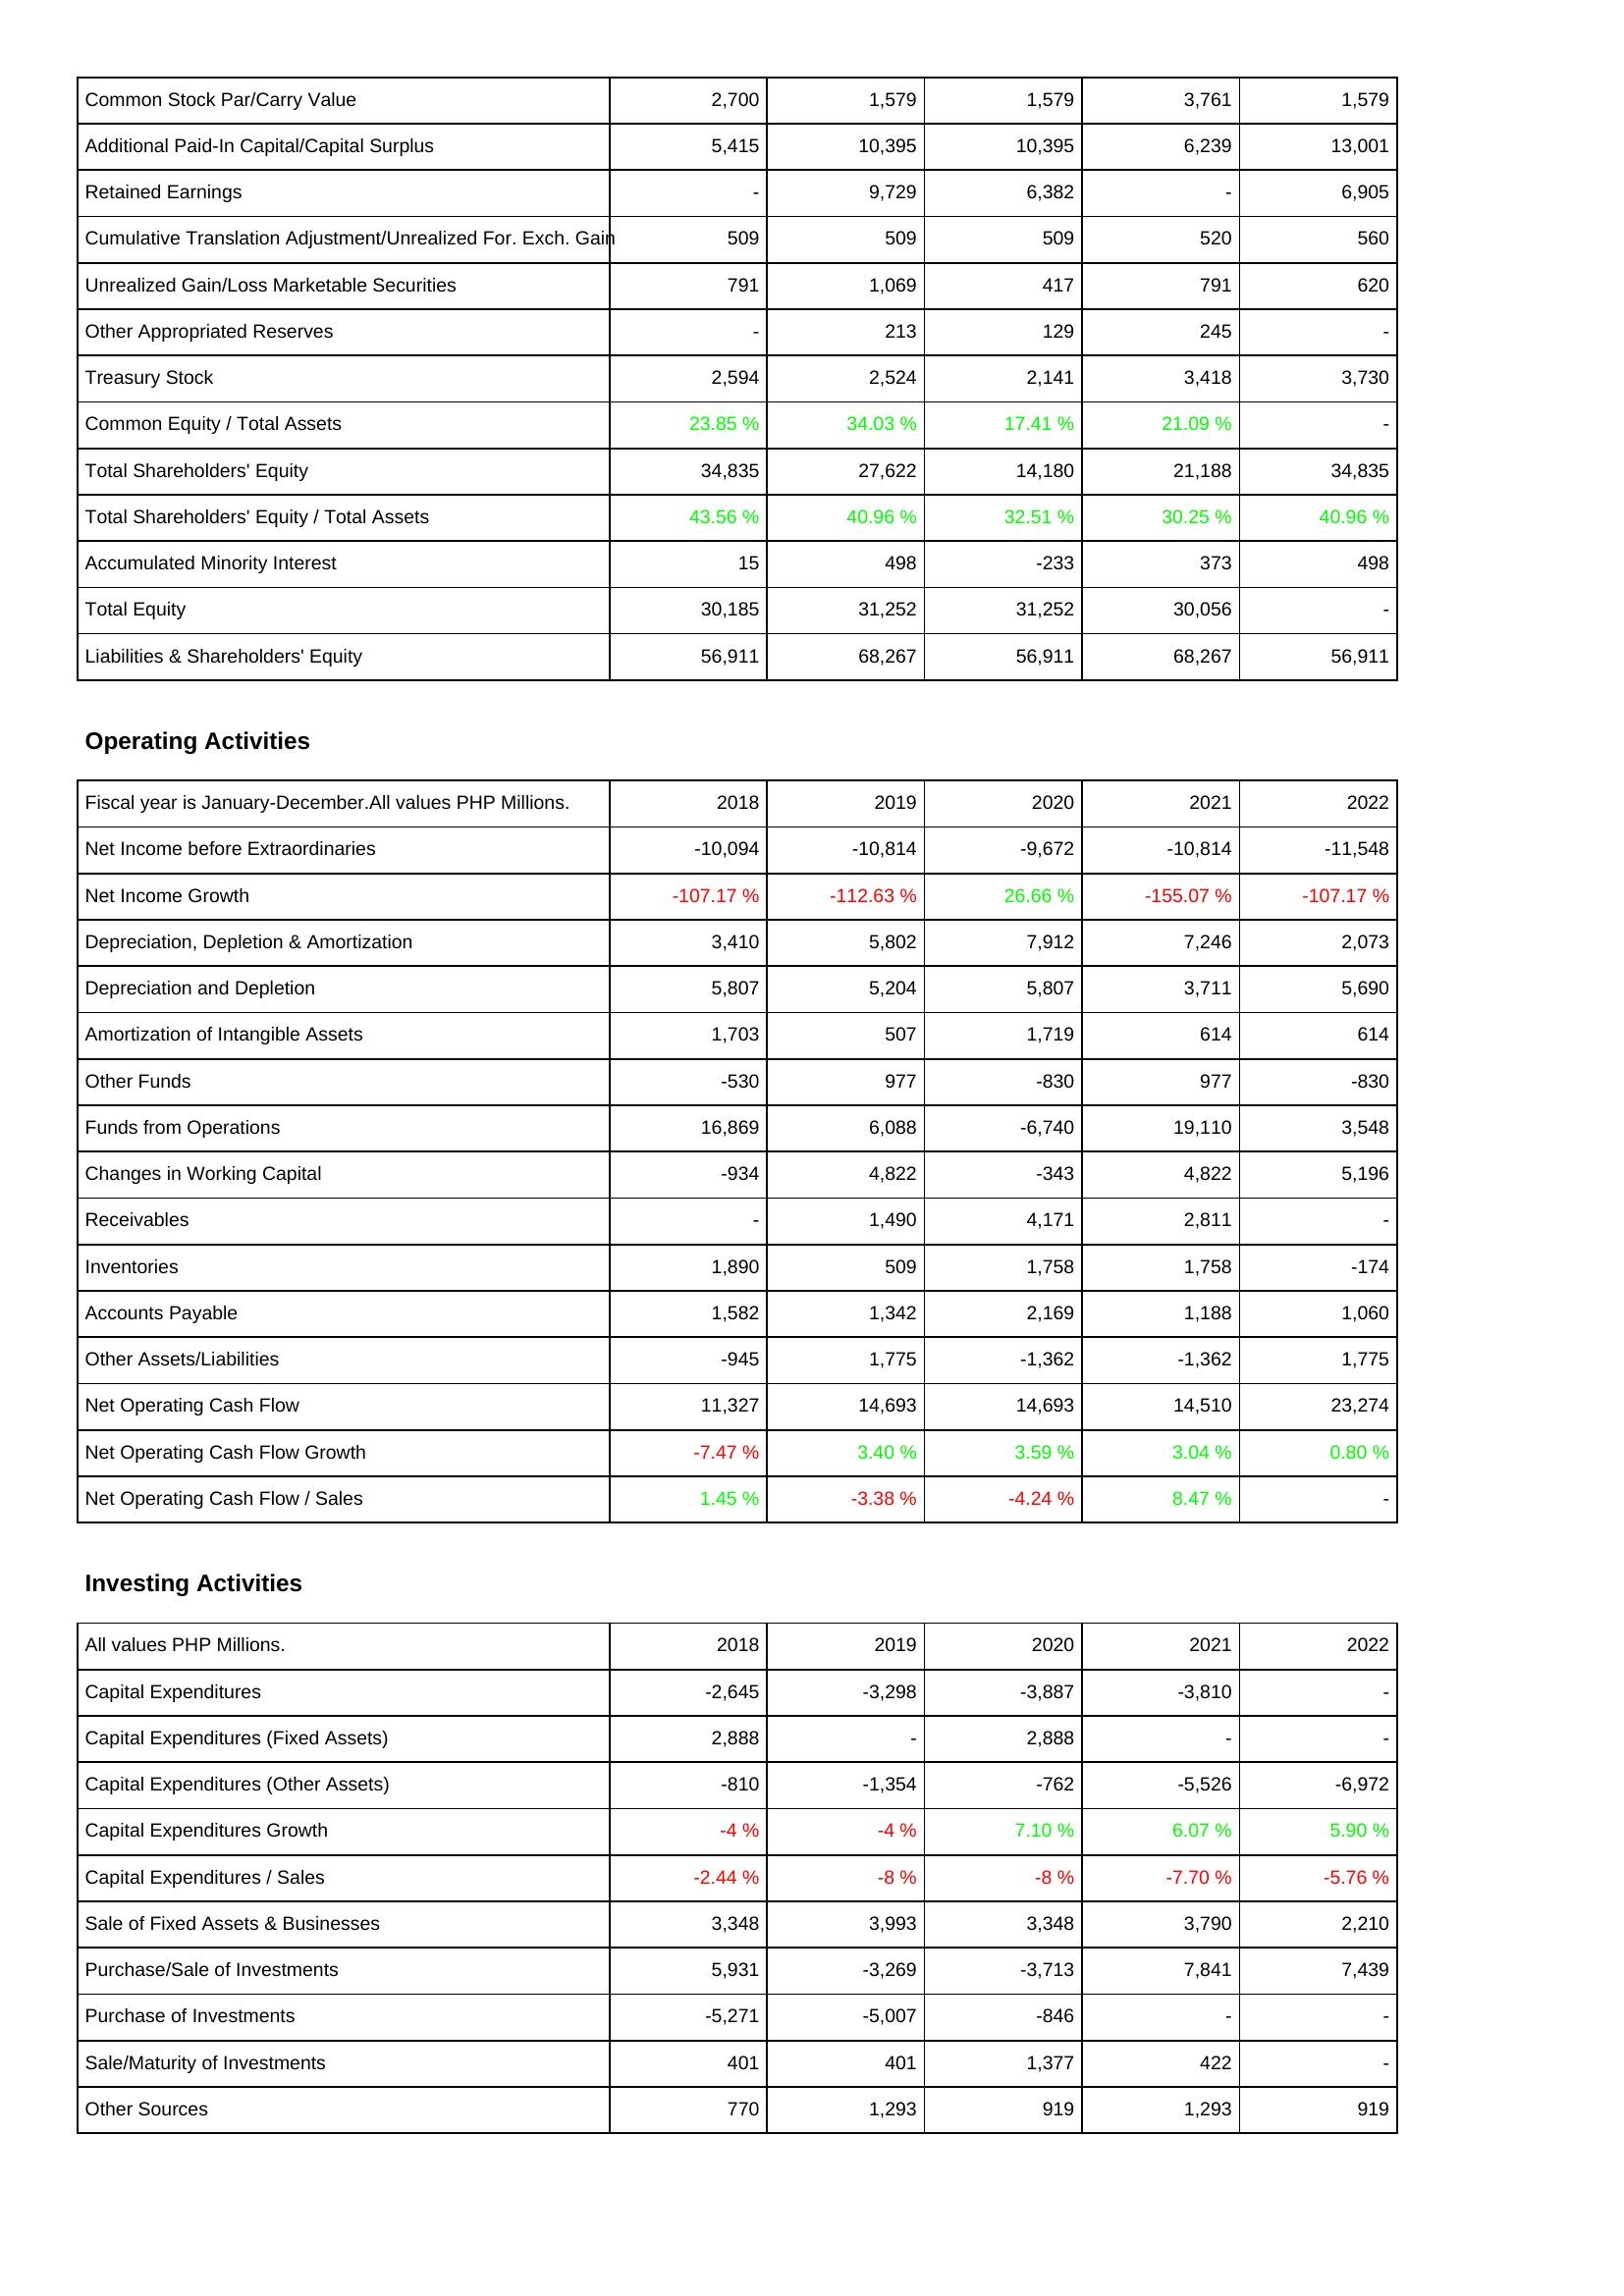
2018: Liabilities & Shareholders' Equity: Common Stock Par/Carry Value: 2,700
Additional Paid-In Capital/Capital Surplus: 5,415
Retained Earnings: -
Cumulative Translation Adjustment/Unrealized For. Exch. Gain: 509
Unrealized Gain/Loss Marketable Securities: 791
Other Appropriated Reserves: -
Treasury Stock: 2,594
Common Equity / Total Assets: 23.85 %
Total Shareholders' Equity: 34,835
Total Shareholders' Equity / Total Assets: 43.56 %
Accumulated Minority Interest: 15
Total Equity: 30,185
Liabilities & Shareholders' Equity: 56,911
Operating Activities: Net Income before Extraordinaries: -10,094
Net Income Growth: -107.17 %
Depreciation, Depletion & Amortization: 3,410
Depreciation and Depletion: 5,807
Amortization of Intangible Assets: 1,703
Other Funds: -530
Funds from Operations: 16,869
Changes in Working Capital: -934
Receivables: -
Inventories: 1,890
Accounts Payable: 1,582
Other Assets/Liabilities: -945
Net Operating Cash Flow: 11,327
Net Operating Cash Flow Growth: -7.47 %
Net Operating Cash Flow / Sales: 1.45 %
Investing Activities: Capital Expenditures: -2,645
Capital Expenditures (Fixed Assets): 2,888
Capital Expenditures (Other Assets): -810
Capital Expenditures Growth: -4 %
Capital Expenditures / Sales: -2.44 %
Sale of Fixed Assets & Businesses: 3,348
Purchase/Sale of Investments: 5,931
Purchase of Investments: -5,271
Sale/Maturity of Investments: 401
Other Sources: 770
2019: Liabilities & Shareholders' Equity: Common Stock Par/Carry Value: 1,579
Additional Paid-In Capital/Capital Surplus: 10,395
Retained Earnings: 9,729
Cumulative Translation Adjustment/Unrealized For. Exch. Gain: 509
Unrealized Gain/Loss Marketable Securities: 1,069
Other Appropriated Reserves: 213
Treasury Stock: 2,524
Common Equity / Total Assets: 34.03 %
Total Shareholders' Equity: 27,622
Total Shareholders' Equity / Total Assets: 40.96 %
Accumulated Minority Interest: 498
Total Equity: 31,252
Liabilities & Shareholders' Equity: 68,267
Operating Activities: Net Income before Extraordinaries: -10,814
Net Income Growth: -112.63 %
Depreciation, Depletion & Amortization: 5,802
Depreciation and Depletion: 5,204
Amortization of Intangible Assets: 507
Other Funds: 977
Funds from Operations: 6,088
Changes in Working Capital: 4,822
Receivables: 1,490
Inventories: 509
Accounts Payable: 1,342
Other Assets/Liabilities: 1,775
Net Operating Cash Flow: 14,693
Net Operating Cash Flow Growth: 3.40 %
Net Operating Cash Flow / Sales: -3.38 %
Investing Activities: Capital Expenditures: -3,298
Capital Expenditures (Fixed Assets): -
Capital Expenditures (Other Assets): -1,354
Capital Expenditures Growth: -4 %
Capital Expenditures / Sales: -8 %
Sale of Fixed Assets & Businesses: 3,993
Purchase/Sale of Investments: -3,269
Purchase of Investments: -5,007
Sale/Maturity of Investments: 401
Other Sources: 1,293
2020: Liabilities & Shareholders' Equity: Common Stock Par/Carry Value: 1,579
Additional Paid-In Capital/Capital Surplus: 10,395
Retained Earnings: 6,382
Cumulative Translation Adjustment/Unrealized For. Exch. Gain: 509
Unrealized Gain/Loss Marketable Securities: 417
Other Appropriated Reserves: 129
Treasury Stock: 2,141
Common Equity / Total Assets: 17.41 %
Total Shareholders' Equity: 14,180
Total Shareholders' Equity / Total Assets: 32.51 %
Accumulated Minority Interest: -233
Total Equity: 31,252
Liabilities & Shareholders' Equity: 56,911
Operating Activities: Net Income before Extraordinaries: -9,672
Net Income Growth: 26.66 %
Depreciation, Depletion & Amortization: 7,912
Depreciation and Depletion: 5,807
Amortization of Intangible Assets: 1,719
Other Funds: -830
Funds from Operations: -6,740
Changes in Working Capital: -343
Receivables: 4,171
Inventories: 1,758
Accounts Payable: 2,169
Other Assets/Liabilities: -1,362
Net Operating Cash Flow: 14,693
Net Operating Cash Flow Growth: 3.59 %
Net Operating Cash Flow / Sales: -4.24 %
Investing Activities: Capital Expenditures: -3,887
Capital Expenditures (Fixed Assets): 2,888
Capital Expenditures (Other Assets): -762
Capital Expenditures Growth: 7.10 %
Capital Expenditures / Sales: -8 %
Sale of Fixed Assets & Businesses: 3,348
Purchase/Sale of Investments: -3,713
Purchase of Investments: -846
Sale/Maturity of Investments: 1,377
Other Sources: 919
2021: Liabilities & Shareholders' Equity: Common Stock Par/Carry Value: 3,761
Additional Paid-In Capital/Capital Surplus: 6,239
Retained Earnings: -
Cumulative Translation Adjustment/Unrealized For. Exch. Gain: 520
Unrealized Gain/Loss Marketable Securities: 791
Other Appropriated Reserves: 245
Treasury Stock: 3,418
Common Equity / Total Assets: 21.09 %
Total Shareholders' Equity: 21,188
Total Shareholders' Equity / Total Assets: 30.25 %
Accumulated Minority Interest: 373
Total Equity: 30,056
Liabilities & Shareholders' Equity: 68,267
Operating Activities: Net Income before Extraordinaries: -10,814
Net Income Growth: -155.07 %
Depreciation, Depletion & Amortization: 7,246
Depreciation and Depletion: 3,711
Amortization of Intangible Assets: 614
Other Funds: 977
Funds from Operations: 19,110
Changes in Working Capital: 4,822
Receivables: 2,811
Inventories: 1,758
Accounts Payable: 1,188
Other Assets/Liabilities: -1,362
Net Operating Cash Flow: 14,510
Net Operating Cash Flow Growth: 3.04 %
Net Operating Cash Flow / Sales: 8.47 %
Investing Activities: Capital Expenditures: -3,810
Capital Expenditures (Fixed Assets): -
Capital Expenditures (Other Assets): -5,526
Capital Expenditures Growth: 6.07 %
Capital Expenditures / Sales: -7.70 %
Sale of Fixed Assets & Businesses: 3,790
Purchase/Sale of Investments: 7,841
Purchase of Investments: -
Sale/Maturity of Investments: 422
Other Sources: 1,293
2022: Liabilities & Shareholders' Equity: Common Stock Par/Carry Value: 1,579
Additional Paid-In Capital/Capital Surplus: 13,001
Retained Earnings: 6,905
Cumulative Translation Adjustment/Unrealized For. Exch. Gain: 560
Unrealized Gain/Loss Marketable Securities: 620
Other Appropriated Reserves: -
Treasury Stock: 3,730
Common Equity / Total Assets: -
Total Shareholders' Equity: 34,835
Total Shareholders' Equity / Total Assets: 40.96 %
Accumulated Minority Interest: 498
Total Equity: -
Liabilities & Shareholders' Equity: 56,911
Operating Activities: Net Income before Extraordinaries: -11,548
Net Income Growth: -107.17 %
Depreciation, Depletion & Amortization: 2,073
Depreciation and Depletion: 5,690
Amortization of Intangible Assets: 614
Other Funds: -830
Funds from Operations: 3,548
Changes in Working Capital: 5,196
Receivables: -
Inventories: -174
Accounts Payable: 1,060
Other Assets/Liabilities: 1,775
Net Operating Cash Flow: 23,274
Net Operating Cash Flow Growth: 0.80 %
Net Operating Cash Flow / Sales: -
Investing Activities: Capital Expenditures: -
Capital Expenditures (Fixed Assets): -
Capital Expenditures (Other Assets): -6,972
Capital Expenditures Growth: 5.90 %
Capital Expenditures / Sales: -5.76 %
Sale of Fixed Assets & Businesses: 2,210
Purchase/Sale of Investments: 7,439
Purchase of Investments: -
Sale/Maturity of Investments: -
Other Sources: 919